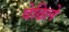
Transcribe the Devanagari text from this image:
वेढिले